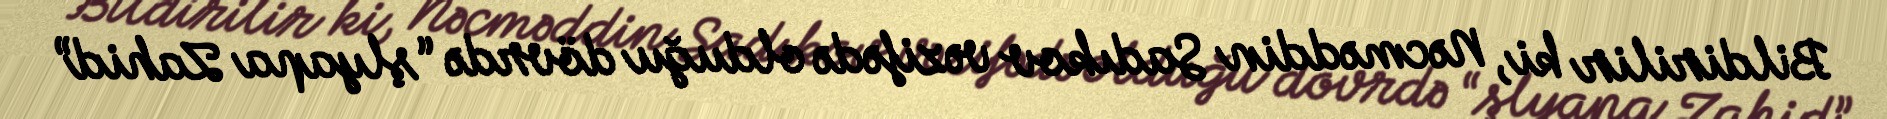
Bildirilir ki, Nəcməddin Sadıkov vəzifədə olduğu dövrdə “şlyapa Zahid”